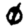
Digit: 0